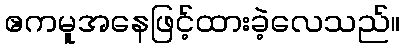
ဧကမူအနေဖြင့်ထားခဲ့လေသည်။